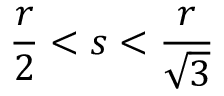
\frac { r } { 2 } < s < \frac { r } { \sqrt { 3 } }